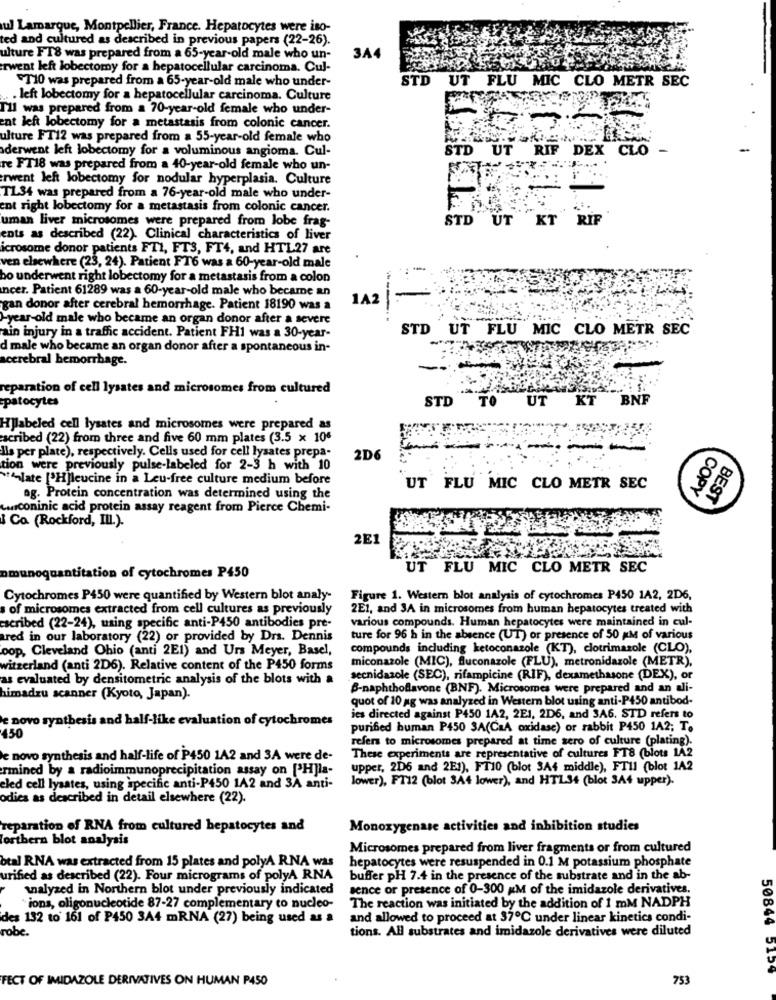
ul Lamarque, Montpellier, France. Hepatocytes were iso-
ed and cultured as described in previous papers (22-26).
ulture FT8 was prepared from a 65-year-old male who un-
3A4
rwent left lobectomy for a hepatocellular carcinoma. Cul-
FT10 was prepared from a 65-year-old male who under-
STD
UT FLU MIC CLO METR SEC
. left lobectomy for a hepatocellular carcinoma. Culture
Til was prepared from a 70-year-old female who under-
ent left lobectomy for a metastasis from colonic cancer.
ulture FT12 was prepared from a 55-year-old female who
derwent left lobectomy for a voluminous angioma. Cul-
STD
UT
RIF
DEX
CLO
re FT18 was prepared from a 40-year-old female who un-
rwent left lobectomy for nodular hyperplasia. Culture
TL34 was prepared from a 76-year-old male who under-
ent right lobectomy for a metastasis from colonic cancer.
uman liver microsomes were prepared from lobe frag-
STD UT KT RIF
ents as described (22). Clinical characteristics of liver
icrosome donor patients FT1, FT3, FT4, and HTL27 are
ven elsewhere (23, 24). Patient FT6 was a 60-year-old male
bo underwent right lobectomy for a metastasis from a colon
ncer. Patient 61289 was a 60-year-old male who became an
1A2
gan donor after cerebral hemorrhage. Patient 18190 was a
-year-old male who became an organ donor after a severe
STD
UT FLU MIC CLO METR SEC
ain injury in a traffic accident. Patient FH1 was a 30-year-
d male who became an organ donor after a spontaneous in-
scerebral hemorrhage.
reparation of cell lysates and microsomes from cultured
STD
TO
UT
KT
BNF
patocytes
Hjlabeled cell lysates and microsomes were prepared as
scribed (22) from three and five 60 mm plates (3.5 x 106
Ils per plate), respectively. Cells used for cell lysates prepa-
2D6
tion were previously pulse-labeled for 2-3 h with 10
late [H]leucine in a Leu-free culture medium before
UT FLU MIC CLO METR SEC
COPY
ag. Protein concentration was determined using the
BEST
wconinic acid protein assay reagent from Pierce Chemi-
Ca (Rockford, III.).
2E1
UT
FLU MIC CLO METR SEC
titation of cytochromes P450
Cytochromes P450 were quantified by Western blot analy-
Figure 1. Western blot analysis of cytochromes P450 1A2, 2D6,
s of microsomes extracted from cell cultures as previously
2E1, and 3A in microsomes from human hepatocytes treated with
various compounds. Human hepatocytes were maintained in cul-
escribed (22-24), using specific anti-P450 antibodies pre-
red in our laboratory (22) or provided by Drs. Dennis
ture for 96 h in the absence (UT) or presence of 50 KM of various
oop, Cleveland Ohio (anti 2E1) and Urs Meyer, Basel,
compounds including ketoconazole (KT), clotrimazole (CLO),
miconazole (MIC), fluconazole (FLU), metronidazole (METR),
witzerland (anti 2D6). Relative content of the P450 forms
as evaluated by densitometric analysis of the blots with a
secnidazole (SEC), rifampicine (RIF), dexamethasone (DEX), or
B-naphthoflavone (BNF). Microsomes were prepared and an ali-
himadzu scanner (Kyoto, Japan).
quot of 10 ag was analyzed in Western blot using anti-P450 antibod-
e novo synthesis and half-like evaluation of cytochromes
ies directed against P450 1A2, 2E1, 2D6, and 3A6. STD refers to
purified human P450 3A(CaA oxidase) or rabbit P450 142; T.
450
refers to microsomes prepared at time sero of culture (plating).
le novo synthesis and half-life of P450 1A2 and 3A were de-
These experiments are representative of cultures FT8 (blots 1A2
rmined by a radioimmunoprecipitation assay on ['Hjla-
upper, 2D6 and 2E1), FT10 (blot 3A4 middle), FTII (blot 1A2
lower), FT12 (blot 3A4 lower), and HTZ.34 (blot 3A4 upper).
eled cell lysates, using specific anti-P450 1A2 and 3A anti-
odies as described in detail elsewhere (22).
reparation of RNA from cultured hepatocytes and
Monoxygenase activities and inhibition studies
forthera blot analysis
Microsomes prepared from liver fragments or from cultured
otal RNA was extracted from 15 plates and polyA RNA was
hepatocytes were resuspended in 0.1 M potassium phosphate
urified as described (22). Four micrograms of polyA RNA
buffer pH 7.4 in the presence of the substrate and in the ab-
walyzed in Northern blot under previously indicated
sence or presence of 0-300 KM of the imidazole derivatives.
ions, oligonucleotide 87-27 complementary to nucleo-
The reaction was initiated by the addition of 1 mM NADPH
des 132 to 161 of P450 3A4 mRNA (27) being used as a
and allowed to proceed at 37℃ under linear kinetics condi-
robe.
tions. All substrates and imidazole derivatives were diluted
50849 5129
FECT OF IMIDAZOLE DERIVATIVES ON HUMAN P450
753